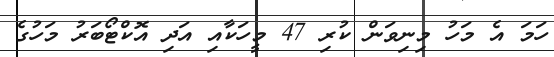
ހަމަ އެ މަހު މިނިވަން ކުރި 47 މީހަކާއި އަދި އޮކްޓޯބަރު މަހުގެ